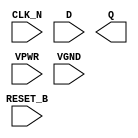
module sky130_fd_sc_hs__dfrtn (
    RESET_B,
    CLK_N  ,
    D      ,
    Q      ,
    VPWR   ,
    VGND
);

    input  RESET_B;
    input  CLK_N  ;
    input  D      ;
    output Q      ;
    input  VPWR   ;
    input  VGND   ;
endmodule